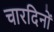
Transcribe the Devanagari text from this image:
चारदिनों